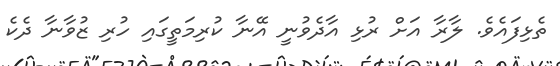
ތެޅިފައެވެ. ލާރާ އަށް ރުޅި އާދެވުނީ އޭނާ ކުރިމަތީގައި ހުރި ޒުވާނާ ދެކެ